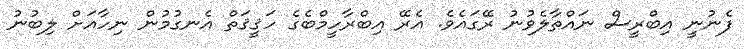
ފެނުނީ އިބްރީސް ނައްތާލެވުނު ރޭގައެވެ. އެރޭ އިބްރާހީމްބެގެ ހަޤީޤަތް އެނގުމުން ނިހާއަށް ލިބުނު